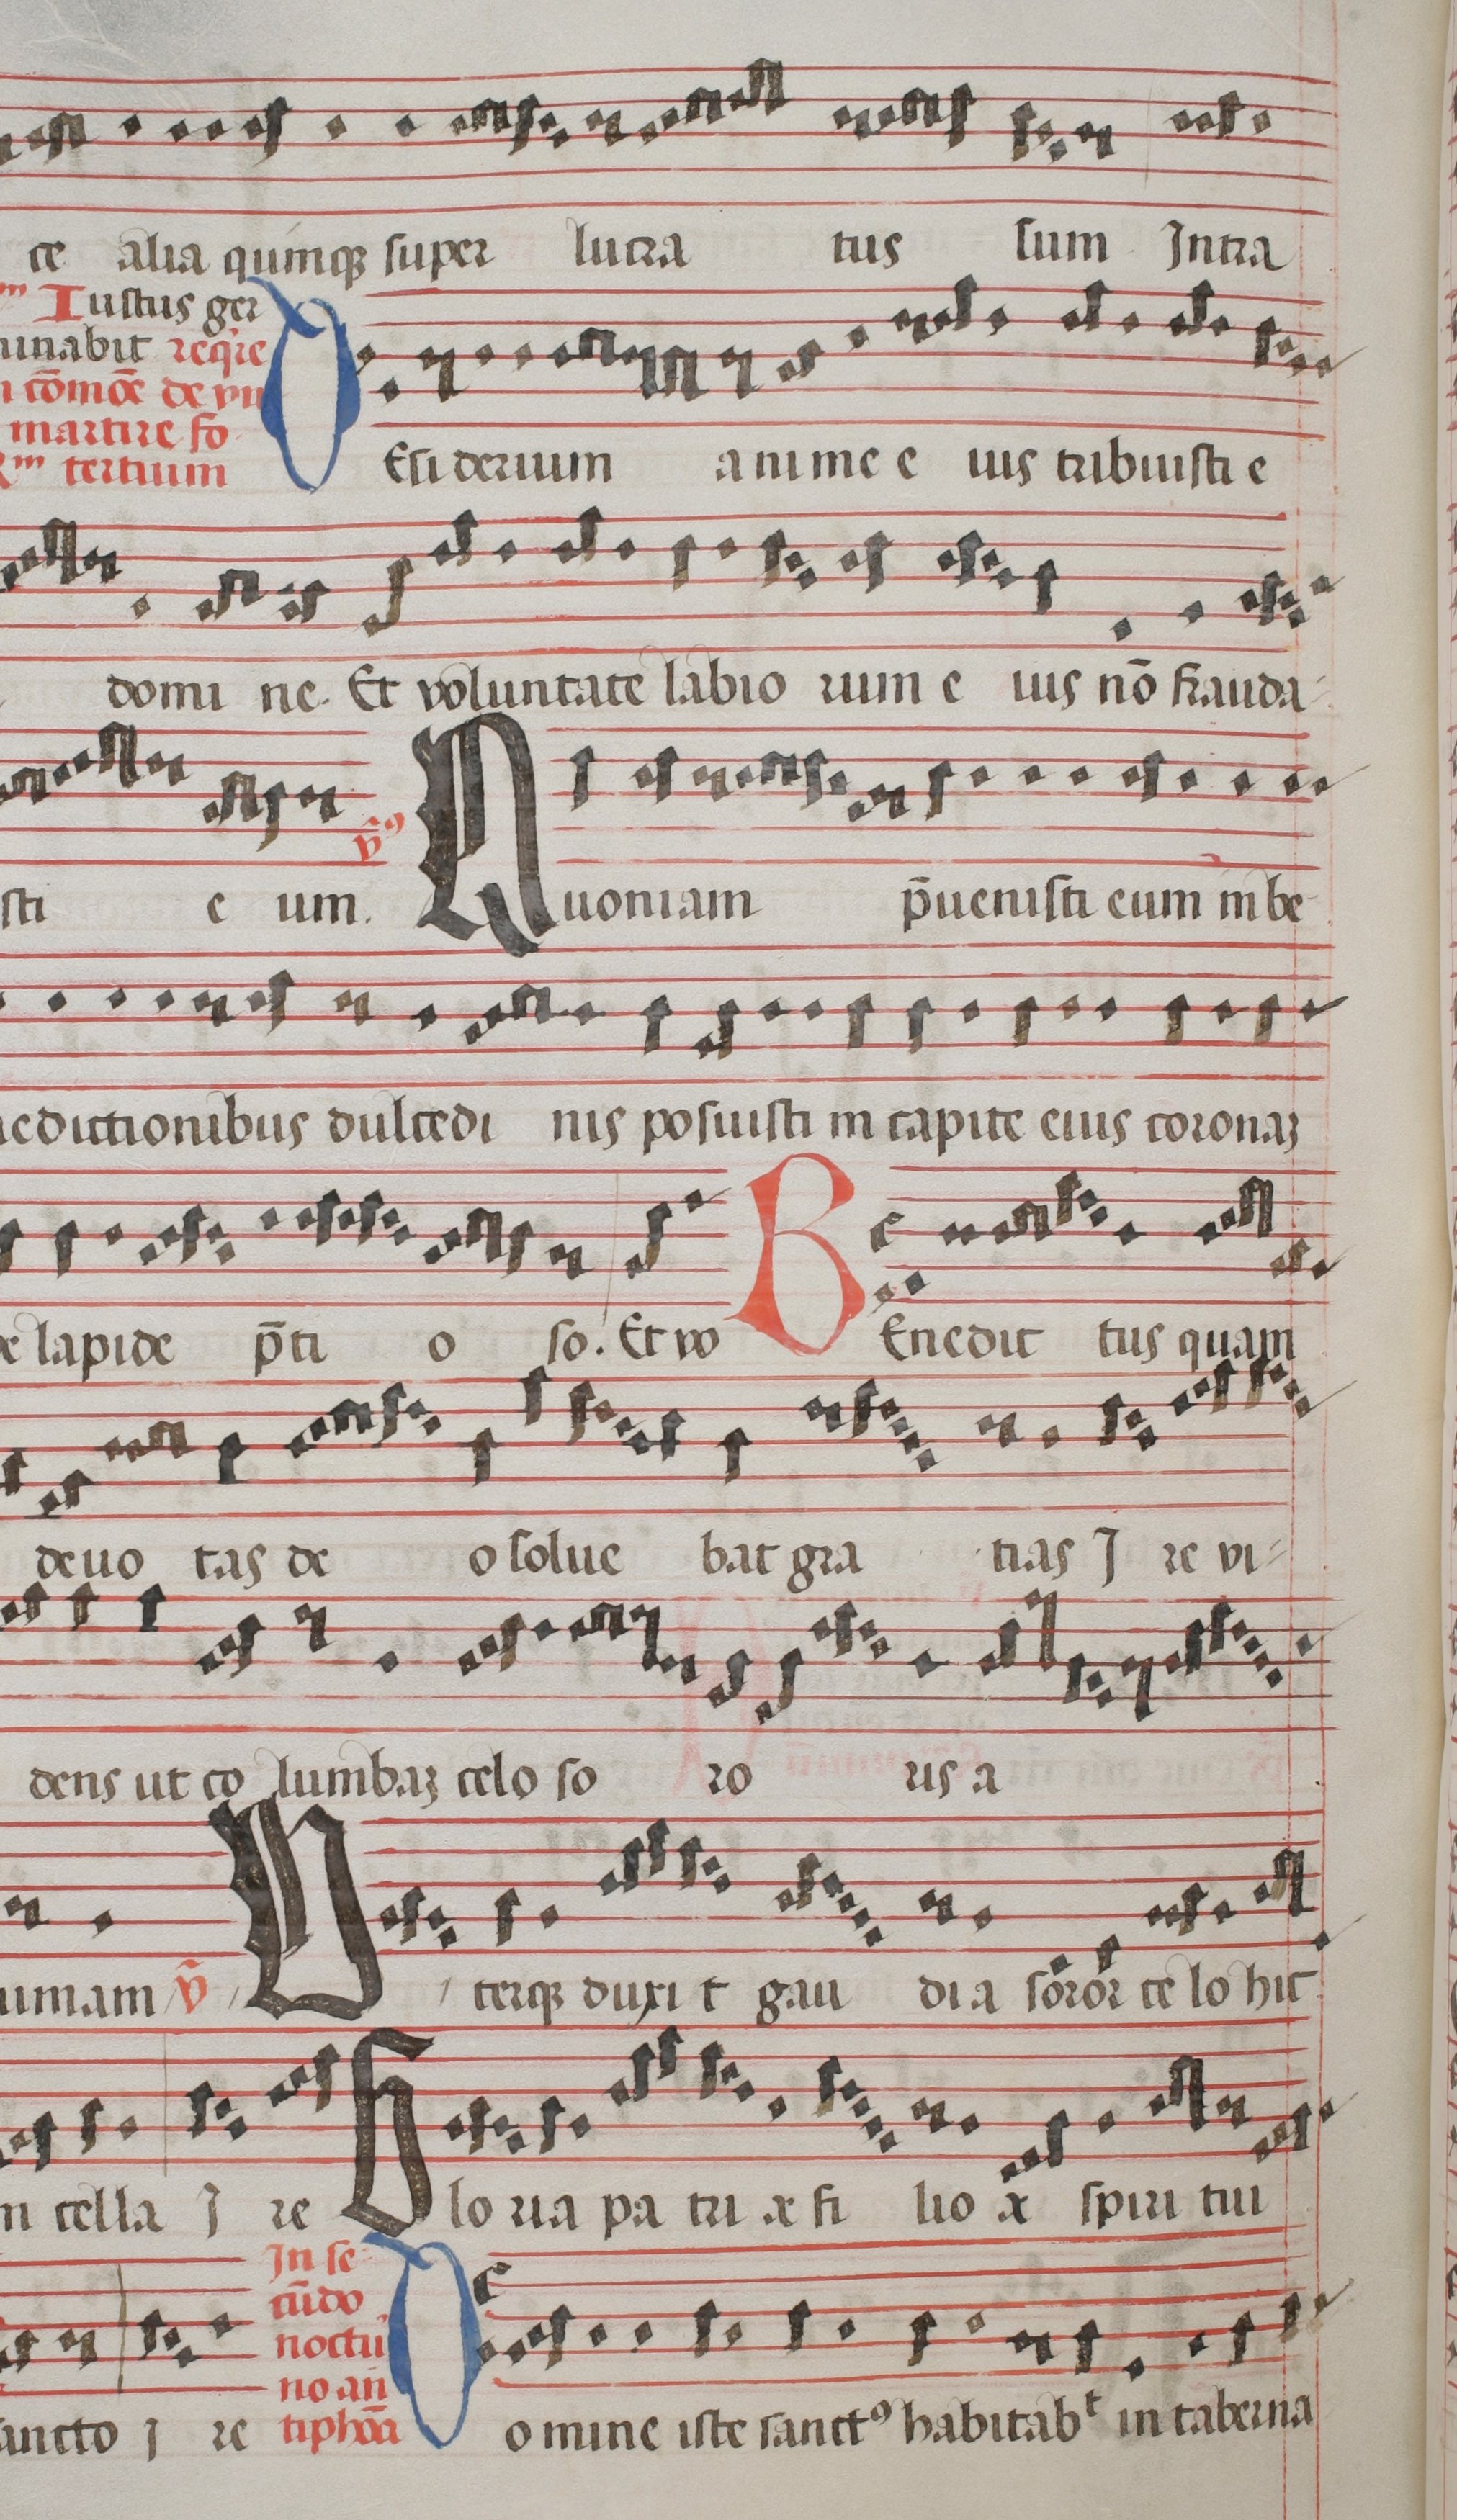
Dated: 1544–1544